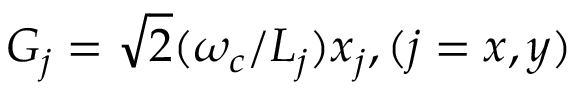
G _ { j } = \sqrt { 2 } ( \omega _ { c } / L _ { j } ) x _ { j } , ( j = x , y )